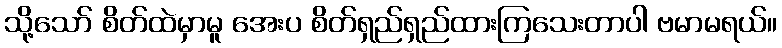
သို့သော် စိတ်ထဲမှာမူ အေးပ စိတ်ရှည်ရှည်ထားကြသေးတာပါ ဗမာမရယ်။